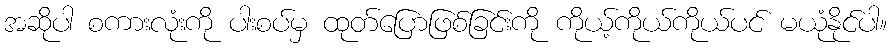
အဆိုပါ စကားလုံးကို ပါးစပ်မှ ထုတ်ပြောဖြစ်ခြင်းကို ကိုယ့်ကိုယ်ကိုယ်ပင် မယုံနိုင်ပါ။